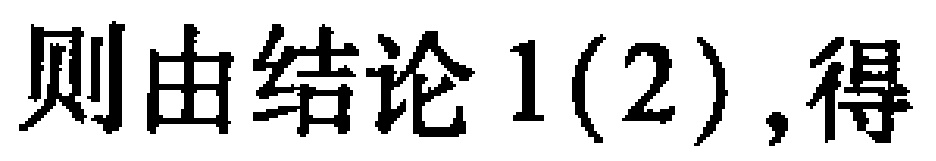
则由结论 1(2),得